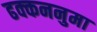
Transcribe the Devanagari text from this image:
ढक्कननुमा